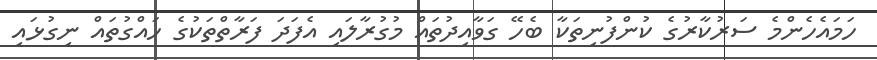
ހަމައެހެންމެ ސަރުކާރުގެ ކުންފުނިތަކާ ބެހޭ ގަވާއިދުތައް މުގުރާލައި އެފަދަ ފަރާތްތަކުގެ ހައްގުތައް ނިގުޅައި